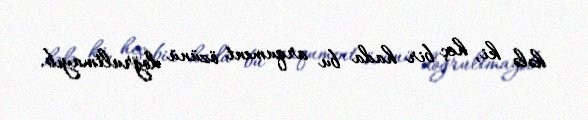
hələ ki, heç bir hada bu arqument özünü doğrultmayıb.